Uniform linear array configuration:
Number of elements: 24
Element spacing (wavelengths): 0.25
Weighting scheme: cosine
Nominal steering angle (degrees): -60
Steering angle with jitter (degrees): -59.579
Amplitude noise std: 0.05
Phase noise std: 0.05

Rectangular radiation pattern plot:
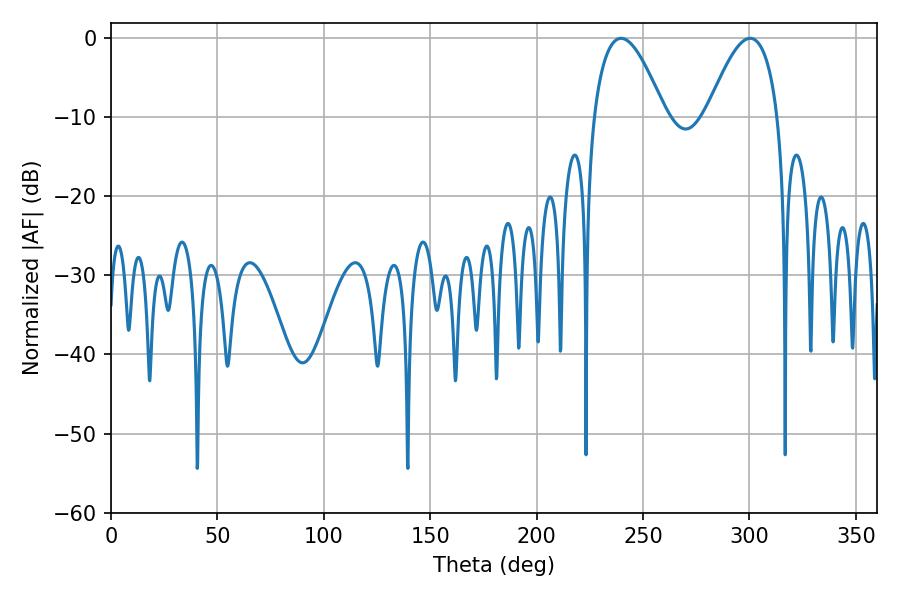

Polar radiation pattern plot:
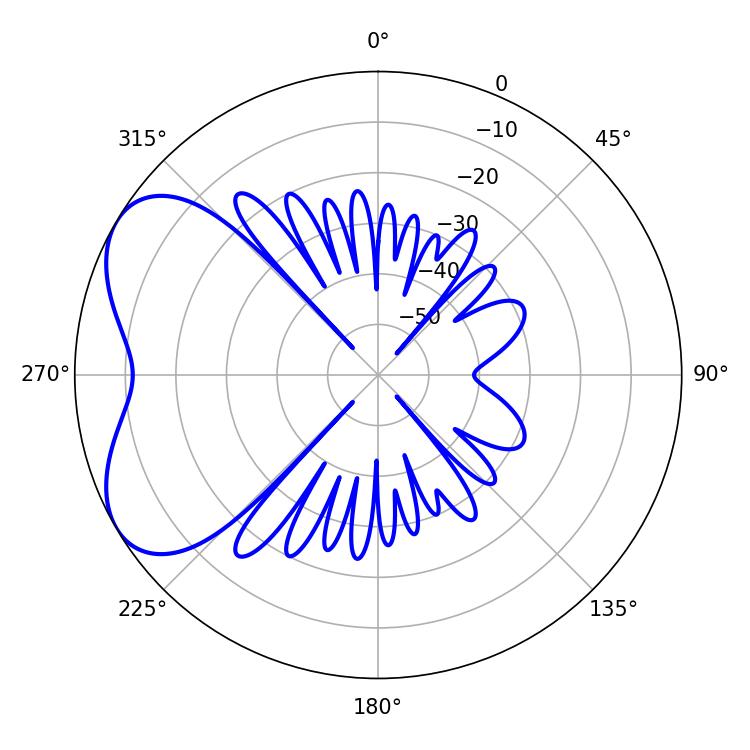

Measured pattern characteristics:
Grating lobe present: FALSE
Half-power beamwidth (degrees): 18.18
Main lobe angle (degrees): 239.76